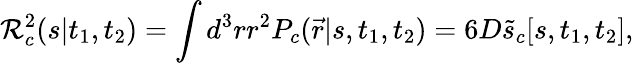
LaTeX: {\cal R}_{c}^{2}(s|t_{1},t_{2})=\int d^{3}rr^{2}P_{c}(\vec{r}|s,t_{1},t_{2})=6D\tilde{s}_{c}[s,t_{1},t_{2}],